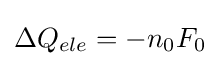
\Delta Q_{ele}=-n_{0}F_{0}